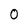
Character: 0